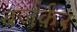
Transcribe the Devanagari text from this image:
बर्जर्कर